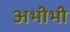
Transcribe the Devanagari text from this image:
अभीभी